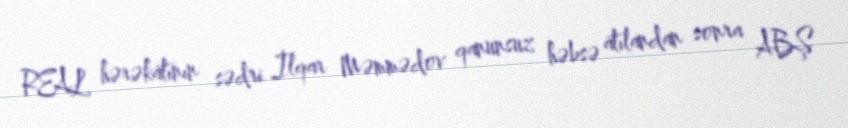
REAL hərəkatının sədri İlqar Məmmədov qanunsuz həbsə atılandan sonra ABŞ